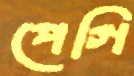
পেগি